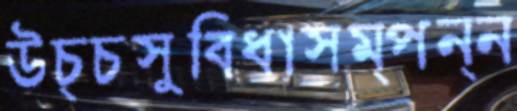
উচ্চসুবিধাসম্পন্ন